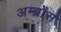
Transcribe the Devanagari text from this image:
अम्ब्रोस